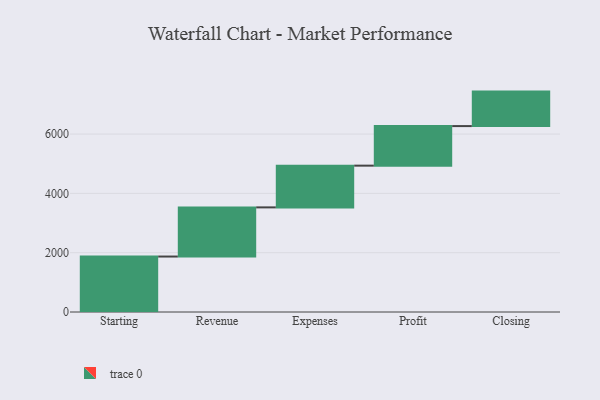
{"axis": {"x": "Step", "y": "Value"}, "legend": [""], "data": [{"x": "Starting", "y": 1870.0, "type": ""}, {"x": "Revenue", "y": 1658.0, "type": ""}, {"x": "Expenses", "y": 1407.0, "type": ""}, {"x": "Profit", "y": 1334.0, "type": ""}, {"x": "Closing", "y": 1163.0, "type": ""}]}